Annual report on the lock hospitals of the Madras Presidency
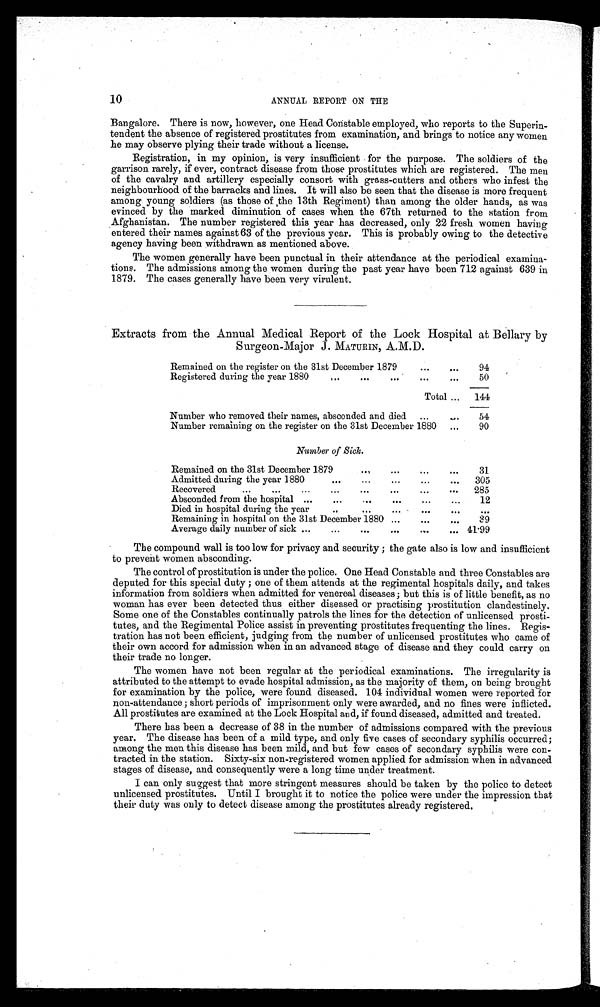
10
ANNUAL REPORT ON THE
Bangalore. There is now, however, one Head Constable employed, who reports to the Superin-
tendent the absence of registered prostitutes from examination, and brings to notice any women
he may observe plying their trade without a license.
Registration, in my opinion is very insufficient for the purpose. The soldiers of the
garrison rarely, if ever, contract disease from those prostitutes which are registered. The men
of the cavalry and artillery especially consort with grass-cutters and others who infest the
neighbourhood of the barracks and lines. It will also be seen that the disease is more frequent
among young soldiers (as those of the 13th Regiment) than among the older hands, as was
evinced by the marked diminution of cases when the 67th returned to the station from
Afghanistan. The number registered this year has decreased, only 22 fresh women having
entered their names against 63 of the previous year. This is probably owing to the detective
agency having been withdrawn as mentioned above.
The women generally have been punctual in their attendance at the periodical examina-
tions. The admissions among the women during the past year have been 712 against 639 in
1879. The cases generally have been very virulent.
Extracts from the Annual Medical Report of the Lock Hospital at Bellary by
Surgeon-Major J. MATURIN, A.M.D.
Remained on the register on the 31st December 1879
...
•••
94
Registered during the year 1880
...
...
...
.••
•••
50
Total ...
144
Number who removed their names, absconded and died
...
..
54
Number remaining on the register on the 31st December 1880
...
90
Number of Sick.
...
Remained on the 31st December 1879
.•,
...
. . .
31
Admitted during the year 1880
•••
...
•••
...
...
305
Recovered
...
•••
...
...
...
•••
•••
•••
285
Absconded from the hospital ...
...
...
...
...
12
Died in hospital during the year
...
...
•••
...
Remaining in hospital on the 31st December 1880 ...
•••
...
39
Average daily number of sick ...
...
...
.••
•••
... 41'99
The compound wall is too low for privacy and security ; the gate also is low and insufficient
to prevent women absconding.
The control of prostitution is under the police. One Head Constable and three Constables are
deputed for this special duty ; one of them attends at the regimental hospitals daily, and takes
information from soldiers when admitted for venereal diseases; but this is of little benefit, as no
woman has ever been detected thus either diseased or practising prostitution clandestinely.
Some one of the Constables continually patrols the lines for the detection of unlicensed prosti-
tutes, and the Regimental Police assist in preventing prostitutes frequenting the lines. Regis-
tration has not been efficient, judging from the number of unlicensed prostitutes who came of
their own accord for admission when in an advanced stage of disease and they could carry on
their trade no longer.
The women have not been regular at the periodical examinations. The irregularity is
attributed to the attempt to evade hospital admission, as the majority of them, on being brought
for examination by the police, were found diseased. 104 individual women were reported for
non-attendance ; short periods of imprisonment only were awarded, and no fines were inflicted.
All prostitutes are examined at the Lock Hospital and, if found diseased, admitted and treated.
There has been a decrease of 38 in the number of admissions compared with the previous
year. The disease has been of a mild type, and only five cases of secondary syphilis occurred;
among the men this disease has been mild, and but few cases of secondary syphilis were con-
tracted in the station. Sixty-six non-registered women applied for admission when in advanced
stages of disease, and consequently were a long time under treatment.
I can only suggest that more stringent measures should be taken by the police to detect
unlicensed prostitutes. Until I brought it to notice the police were under the impression. that
their duty was only to detect disease among the prostitutes already registered,